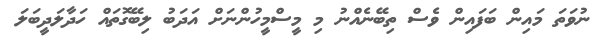
ނުވަތަ މައިން ބަފައިން ވެސް ތިބޭނެއްނު މި މީސްމީހުންނަށް އަދަބު ލިބޭގޮތައް ހަދާލަދީބަލަ